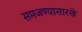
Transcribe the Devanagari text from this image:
समजण्यासारखे